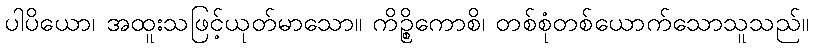
ပါပိယော၊ အထူးသဖြင့်ယုတ်မာသော။ ကိဉ္စိကောစိ၊ တစ်စုံတစ်ယောက်သောသူသည်။